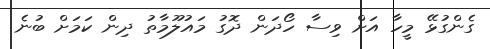
ގެންގުޅޭ މީހާ އަށް ވިސާ ހޯދަން ދޮގު މައުލޫމާތު ދިން ކަމަށް ބުނެ